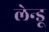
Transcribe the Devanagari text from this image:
लेन्डू